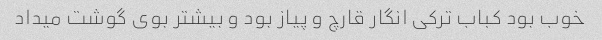
خوب بود کباب ترکی انگار قارچ و پیاز بود و بیشتر بوی گوشت میداد